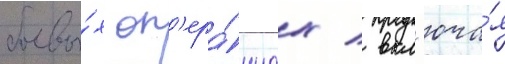
боевы́х оп'ера́циах / вкл'юча́я